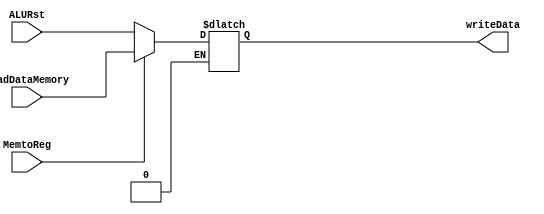
module muxdata(
  input MemtoReg,
  input [31:0] readDataMemory,
  input [31:0] ALURst,
  output reg [31:0] writeData
);
always @(MemtoReg) begin
  if(MemtoReg == 0) begin
    writeData = ALURst;
  end
  if(MemtoReg == 1) begin
    writeData = readDataMemory;
  end
end
endmodule